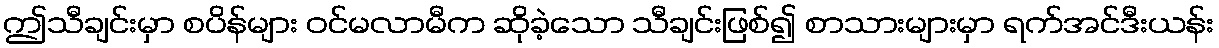
ဤသီချင်းမှာ စပိန်များ ဝင်မလာမီက ဆိုခဲ့သော သီချင်းဖြစ်၍ စာသားများမှာ ရက်အင်ဒီးယန်း